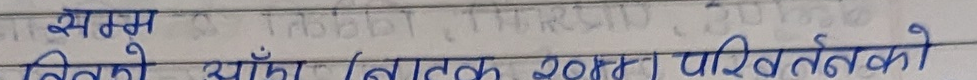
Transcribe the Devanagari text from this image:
सम्म
बिग्रेको थाँगा (नातक २०१५ परिवर्तनको